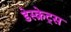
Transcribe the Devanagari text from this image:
डेस्क्रेट्स